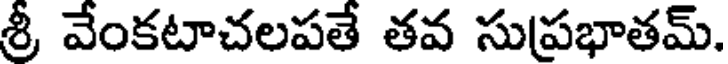
శ్రీ వేంకటాచలపతే తవ సుప్రభాతమ్.